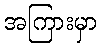
အကြားမှာ